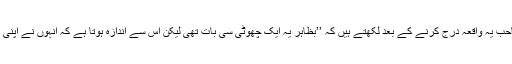
جناب جسٹس انوارالحق صاحب یہ واقعہ درج کرنے کے بعد لکھتے ہیں کہ ’’بظاہر یہ ایک چھوٹی سی بات تھی لیکن اس سے اندازہ ہوتا ہے کہ انہوں نے اپنی زندگی کو منظم کیا ہوا تھا۔